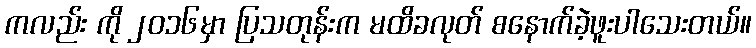
ကလည်း ကို ၂၀၁၆မှာ ပြသတုန်းက မထိခလုတ် စနောက်ခဲ့ဖူးပါသေးတယ်။